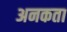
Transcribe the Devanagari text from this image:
अनकता